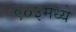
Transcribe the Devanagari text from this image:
९०३मध्ये